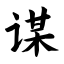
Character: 谋